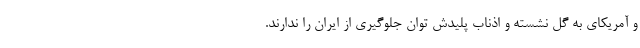
و آمریکای به گل نشسته و اذناب پلیدش توان جلوگیری از ایران را ندارند.